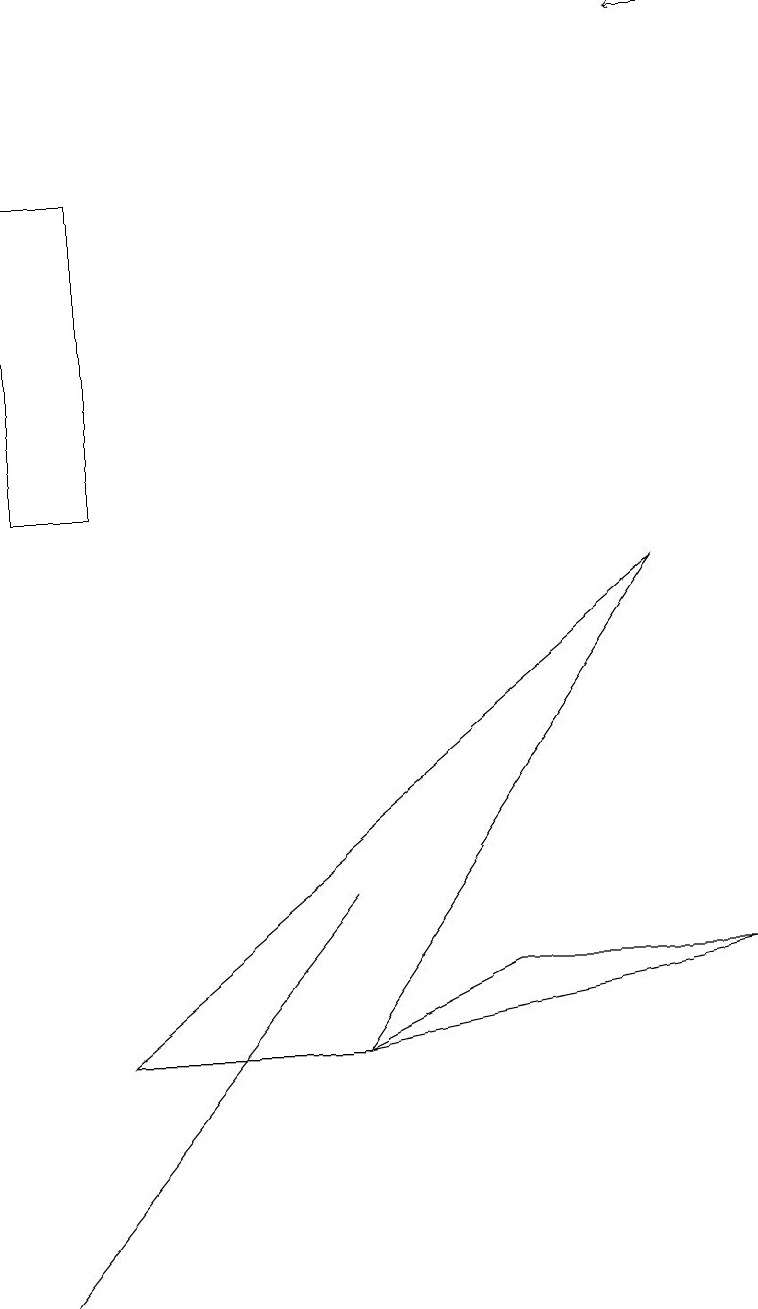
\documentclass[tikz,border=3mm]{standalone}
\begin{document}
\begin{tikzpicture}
\draw[->] (9,16) -- (8,16);
\draw (0,0) -- (4,5) -- (4,5) -- cycle;
\draw (4,3) -- (8,9) -- (1,3) -- cycle;
\draw (9,4) -- (4,3) -- (6,4) -- cycle;
\draw (0,14) rectangle (1,10);
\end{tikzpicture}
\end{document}